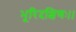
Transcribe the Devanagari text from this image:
भूरिदक्षिणः।।